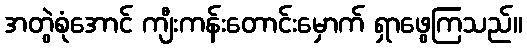
အတွဲစုံအောင် ကျီးကန်းတောင်းမှောက် ရှာဖွေကြသည်။